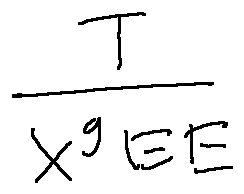
x ^ { \frac { T } { g _ { E E } } }